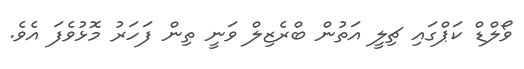
ވޯލްޑް ކަޕްގައި ޗިލީ އަތުން ބްރެޒިލް ވަނީ ތިން ފަހަރު މޮޅުވެފަ އެވެ.